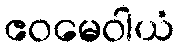
ဧဝမေဝါယံ